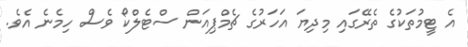
އެ ޓީމުތަކުގެ ތެރޭގައި މިދިޔަ އަހަރުގެ ޗެމްޕިއަން ސްޓެލްކޯ ވެސް ހިމެނެ އެެވެ.